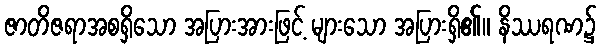
ဇာတိဇရာအစရှိသော အပြားအားဖြင့် များသော အပြားရှိ၏။ နိဿရဏ၌